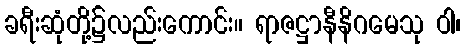
ခရီးဆုံတို့၌လည်းကောင်း။ ရာဇဋ္ဌာနီနိဂမေသု ဝါ၊